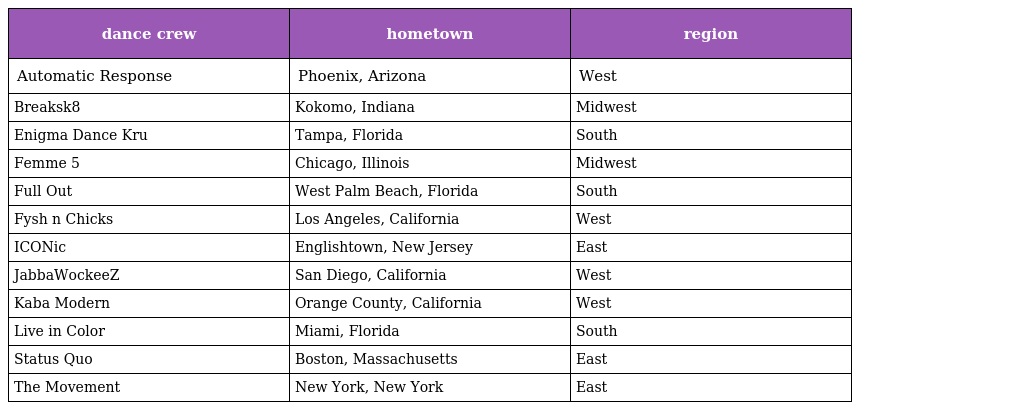
| dance crew | hometown | region |
 | --- | --- | --- |
 | Automatic Response | Phoenix, Arizona | West |
 | Breaksk8 | Kokomo, Indiana | Midwest |
 | Enigma Dance Kru | Tampa, Florida | South |
 | Femme 5 | Chicago, Illinois | Midwest |
 | Full Out | West Palm Beach, Florida | South |
 | Fysh n Chicks | Los Angeles, California | West |
 | ICONic | Englishtown, New Jersey | East |
 | JabbaWockeeZ | San Diego, California | West |
 | Kaba Modern | Orange County, California | West |
 | Live in Color | Miami, Florida | South |
 | Status Quo | Boston, Massachusetts | East |
 | The Movement | New York, New York | East |